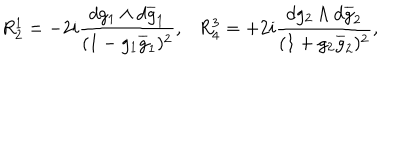
R _ { 2 } ^ { 1 } = - 2 i \frac { d g _ { 1 } \wedge d \overline { { { g } } } _ { 1 } } { ( 1 - g _ { 1 } \overline { { { g } } } _ { 1 } ) ^ { 2 } } , R _ { 4 } ^ { 3 } = + 2 i \frac { d g _ { 2 } \wedge d \overline { { { g } } } _ { 2 } } { ( 1 + g _ { 2 } \overline { { { g } } } _ { 2 } ) ^ { 2 } } ,